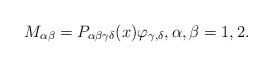
LaTeX: \begin{align*} M_{\alpha\beta}= P_{\alpha \beta \gamma \delta}(x) \varphi_{\gamma, \delta}, \alpha, \beta=1,2.\end{align*}